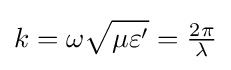
k=\omega {\sqrt {\mu \varepsilon '}}={\tfrac {2\pi }{\lambda }}